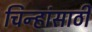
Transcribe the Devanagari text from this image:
चिन्हांसाठी